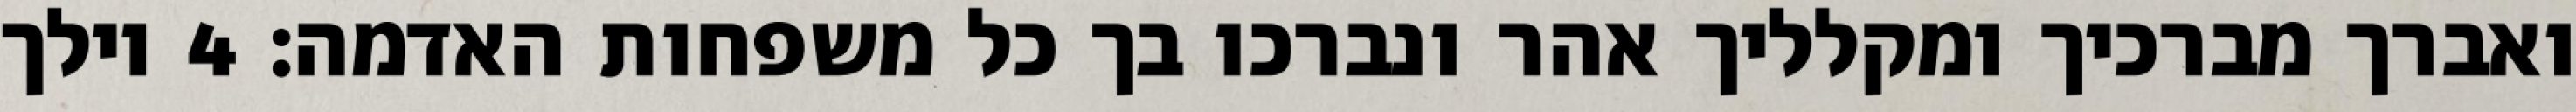
ואברך מברכיך ומקלליך אהר ונברכו בך כל משפחות האדמה׃ ‎4‏ וילך